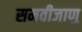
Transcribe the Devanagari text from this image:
समवीजाणु